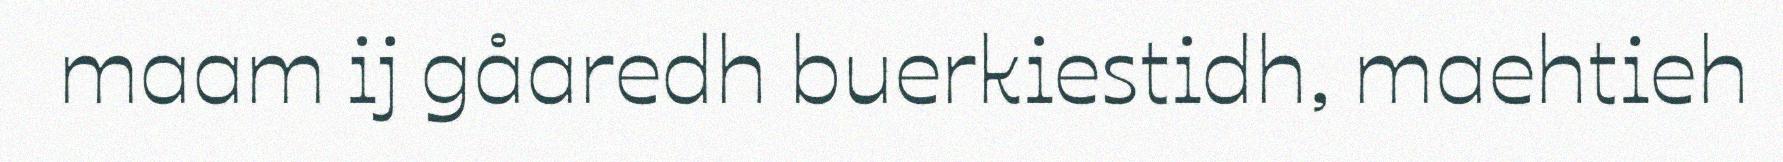
maam ij gåaredh buerkiestidh, maehtieh